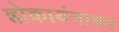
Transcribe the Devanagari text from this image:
होकायंत्रावर